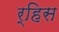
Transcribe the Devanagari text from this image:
र्‍हिस